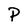
Character: P